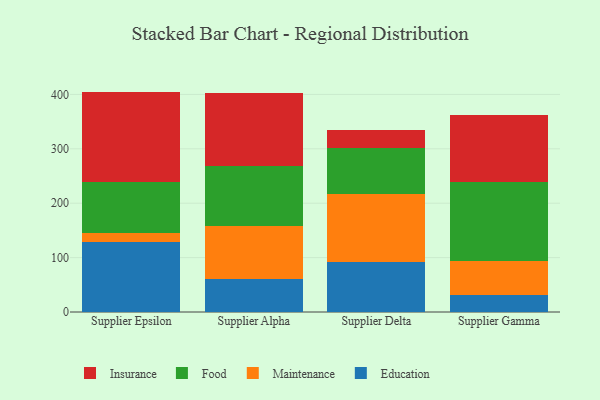
{"axis": {"x": "Supplier", "y": "Production Output"}, "legend": ["Education", "Food", "Insurance", "Maintenance"], "data": [{"x": "Supplier Epsilon", "y": 129.2, "type": "Education"}, {"x": "Supplier Epsilon", "y": 16.8, "type": "Maintenance"}, {"x": "Supplier Epsilon", "y": 92.6, "type": "Food"}, {"x": "Supplier Epsilon", "y": 166.6, "type": "Insurance"}, {"x": "Supplier Alpha", "y": 60.0, "type": "Education"}, {"x": "Supplier Alpha", "y": 99.0, "type": "Maintenance"}, {"x": "Supplier Alpha", "y": 109.4, "type": "Food"}, {"x": "Supplier Alpha", "y": 134.1, "type": "Insurance"}, {"x": "Supplier Delta", "y": 91.1, "type": "Education"}, {"x": "Supplier Delta", "y": 126.3, "type": "Maintenance"}, {"x": "Supplier Delta", "y": 84.4, "type": "Food"}, {"x": "Supplier Delta", "y": 32.7, "type": "Insurance"}, {"x": "Supplier Gamma", "y": 30.6, "type": "Education"}, {"x": "Supplier Gamma", "y": 63.2, "type": "Maintenance"}, {"x": "Supplier Gamma", "y": 145.0, "type": "Food"}, {"x": "Supplier Gamma", "y": 123.2, "type": "Insurance"}]}